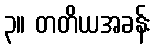
၃။ တတိယအခန်း